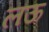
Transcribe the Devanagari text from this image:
लऊ